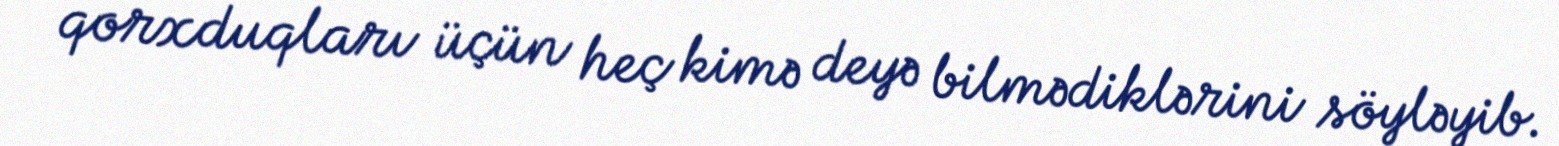
qorxduqları üçün heç kimə deyə bilmədiklərini söyləyib.